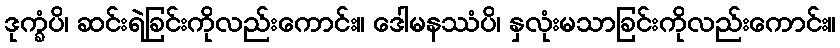
ဒုက္ခံပိ၊ ဆင်းရဲခြင်းကိုလည်းကောင်း။ ဒေါမနဿံပိ၊ နှလုံးမသာခြင်းကိုလည်းကောင်း။